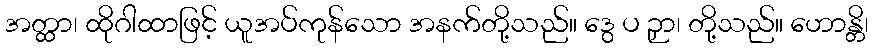
အတ္ထာ၊ ထိုဂါထာဖြင့် ယူအပ်ကုန်သော အနက်တို့သည်။ ဒွေ ပ ဉှာ၊ တို့သည်။ ဟောန္တိ၊